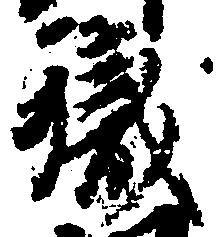
職